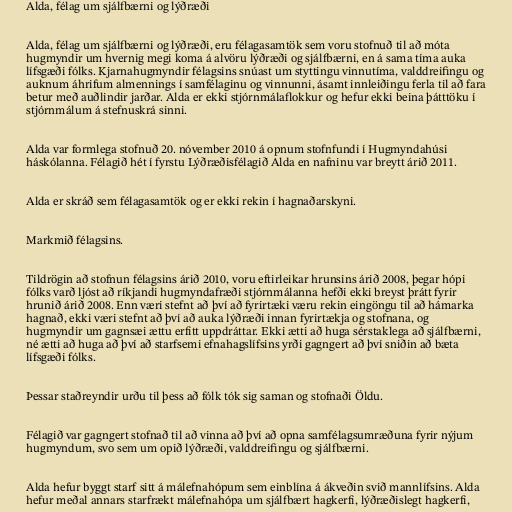
Alda, félag um sjálfbærni og lýðræði

Alda, félag um sjálfbærni og lýðræði, eru félagasamtök sem voru stofnuð til að móta
hugmyndir um hvernig megi koma á alvöru lýðræði og sjálfbærni, en á sama tíma auka
lífsgæði fólks. Kjarnahugmyndir félagsins snúast um styttingu vinnutíma, valddreifingu og
auknum áhrifum almennings í samfélaginu og vinnunni, ásamt innleiðingu ferla til að fara
betur með auðlindir jarðar. Alda er ekki stjórnmálaflokkur og hefur ekki beina þátttöku í
stjórnmálum á stefnuskrá sinni.

Alda var formlega stofnuð 20. nóvember 2010 á opnum stofnfundi í Hugmyndahúsi
háskólanna. Félagið hét í fyrstu Lýðræðisfélagið Alda en nafninu var breytt árið 2011.

Alda er skráð sem félagasamtök og er ekki rekin í hagnaðarskyni.

Markmið félagsins.

Tildrögin að stofnun félagsins árið 2010, voru eftirleikar hrunsins árið 2008, þegar hópi
fólks varð ljóst að ríkjandi hugmyndafræði stjórnmálanna hefði ekki breyst þrátt fyrir
hrunið árið 2008. Enn væri stefnt að því að fyrirtæki væru rekin eingöngu til að hámarka
hagnað, ekki væri stefnt að því að auka lýðræði innan fyrirtækja og stofnana, og
hugmyndir um gagnsæi ættu erfitt uppdráttar. Ekki ætti að huga sérstaklega að sjálfbærni,
né ætti að huga að því að starfsemi efnahagslífsins yrði gagngert að því sniðin að bæta
lífsgæði fólks.

Þessar staðreyndir urðu til þess að fólk tók sig saman og stofnaði Öldu.

Félagið var gagngert stofnað til að vinna að því að opna samfélagsumræðuna fyrir nýjum
hugmyndum, svo sem um opið lýðræði, valddreifingu og sjálfbærni.

Alda hefur byggt starf sitt á málefnahópum sem einblína á ákveðin svið mannlífsins. Alda
hefur meðal annars starfrækt málefnahópa um sjálfbært hagkerfi, lýðræðislegt hagkerfi,